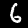
Digit: 6